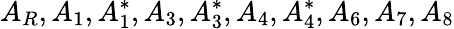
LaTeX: A_{R},A_{1},A_{1}^{*},A_{3},A_{3}^{*},A_{4},A_{4}^{*},A_{6},A_{7},A_{8}